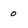
Character: 0